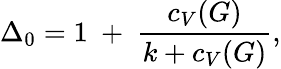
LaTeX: \Delta_{0}=1~+~{\frac{c_{V}(G)}{k+c_{V}(G)}},